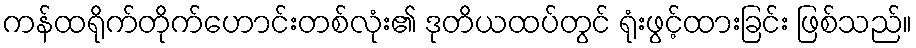
ကန်ထရိုက်တိုက်ဟောင်းတစ်လုံး၏ ဒုတိယထပ်တွင် ရုံးဖွင့်ထားခြင်း ဖြစ်သည်။